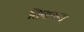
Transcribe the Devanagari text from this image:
सिवानन्द